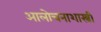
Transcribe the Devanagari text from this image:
आलोचनाशास्त्री